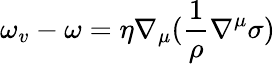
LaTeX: \omega_{v}-\omega=\eta\nabla_{\mu}(\frac{1}{\rho}\nabla^{\mu}\sigma)